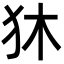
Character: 狇